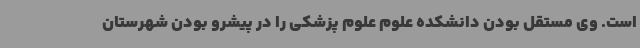
است. وی مستقل بودن دانشکده علوم علوم پزشکی را در پیشرو بودن شهرستان